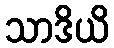
သာဒိယိ